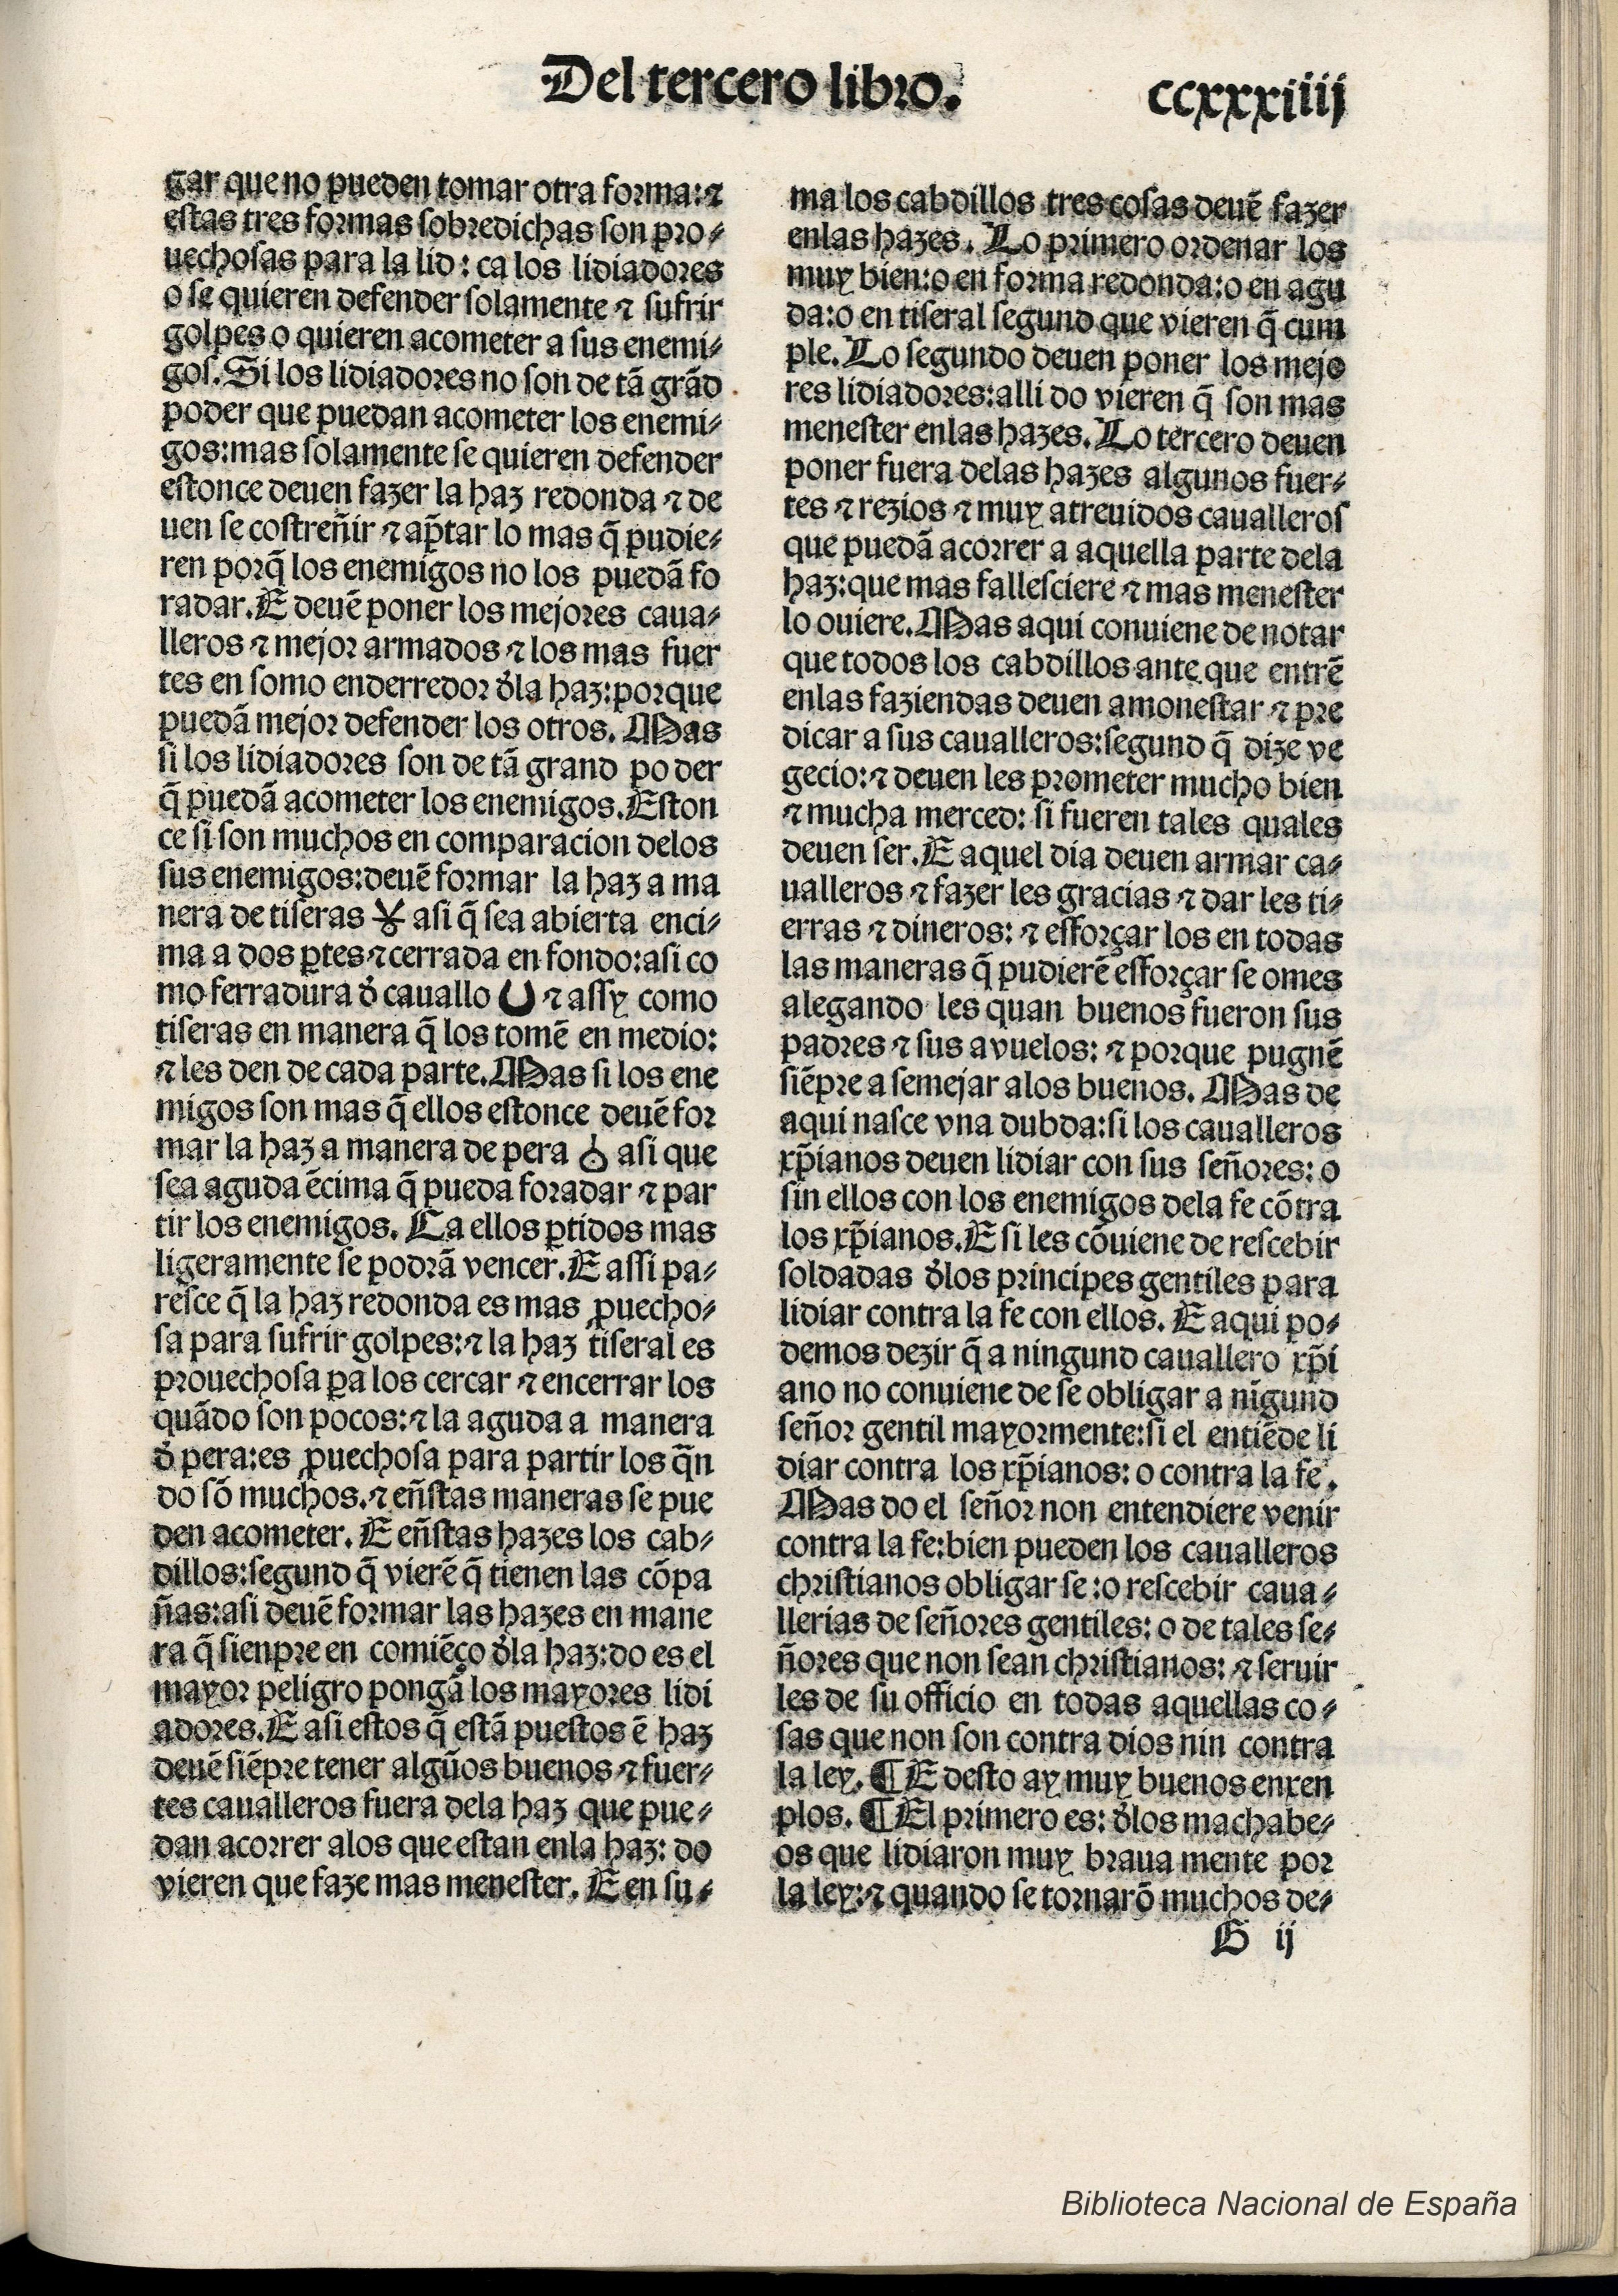
Shelfmark: Madrid, BNE, Inc. 901
Century: 15